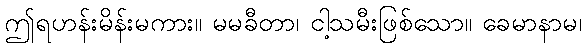
ဤရဟန်းမိန်းမကား။ မမခီတာ၊ ငါ့သမီးဖြစ်သော။ ခေမာနာမ၊